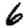
Digit: 6